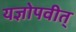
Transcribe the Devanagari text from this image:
यज्ञोपवीत्